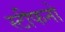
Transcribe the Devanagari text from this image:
स्टीफनो